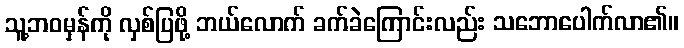
သူ့ဘဝမှန်ကို လှစ်ပြဖို့ ဘယ်လောက် ခက်ခဲကြောင်းလည်း သဘောပေါက်လာ၏။